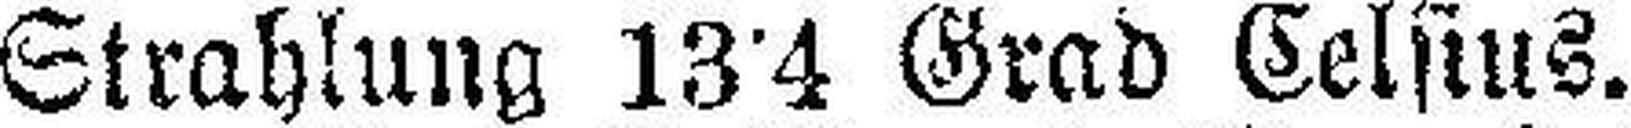
Strahlung 13°4 Grad Celsius.